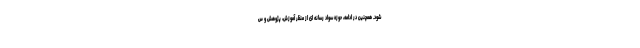
شود. همچنین در ادامه، حوزه سواد رسانه ای از منظر آموزش، پژوهش و س